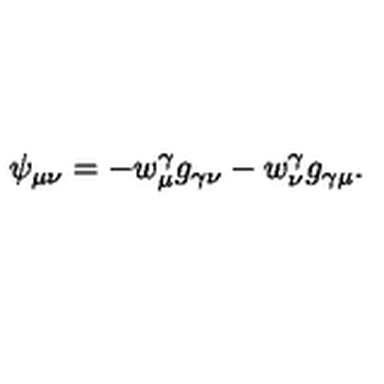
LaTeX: \psi _ { \mu \nu } = - w _ { \mu } ^ { \gamma } g _ { \gamma \nu } - w _ { \nu } ^ { \gamma } g _ { \gamma \mu } .